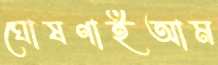
ঘোষণাইআম